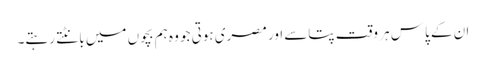
ان کے پاس ہر وقت پتاسے اور مصری ہوتی جو وہ ہم بچوں میں بانٹتے رہتے۔